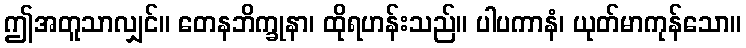
ဤအတူသာလျှင်။ တေနဘိက္ခုနာ၊ ထိုရဟန်းသည်။ ပါပကာနံ၊ ယုတ်မာကုန်သော။